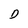
Character: D